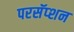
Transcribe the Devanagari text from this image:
परसॅप्शन